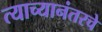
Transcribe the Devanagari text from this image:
त्याच्यानंतरचे